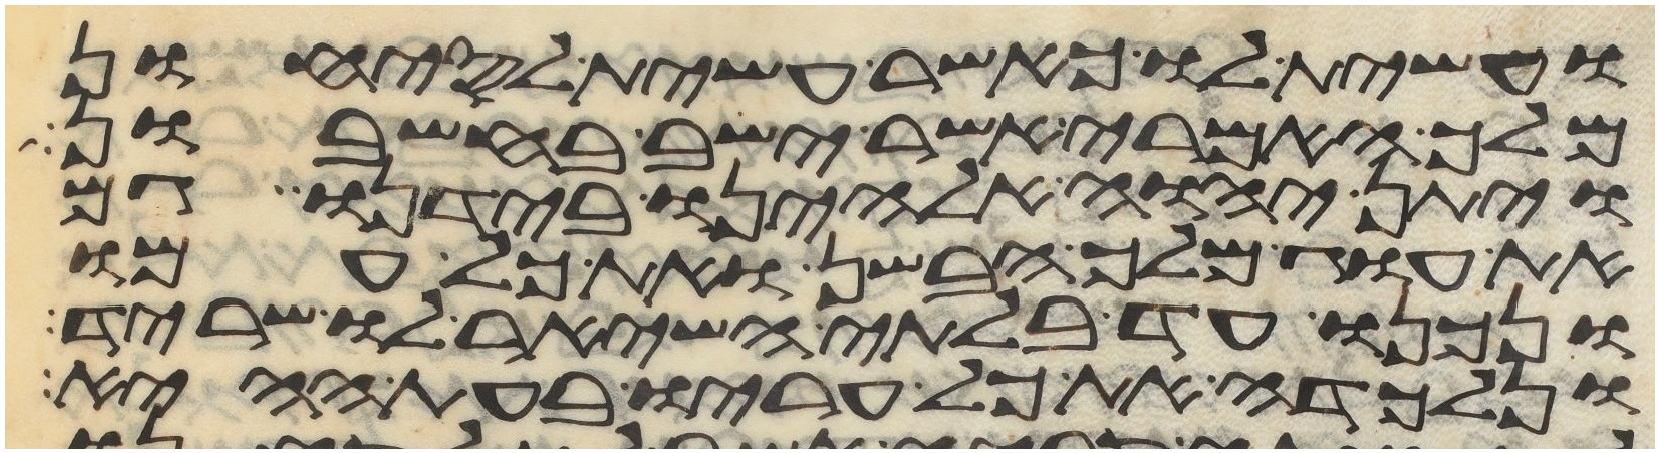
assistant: ועשית לו כאשר עשית לסיחון
מלך האמרי אשר ישב בחשבון
ויתן יהוה אלהינו בידנו גם
את עוג מלך הבשן ואת כל עמו
ונכנו עד בלתי השאיר לו שריד
ונלכדה את כל עריו בעת ההיא